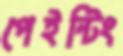
পেইন্টিং